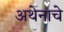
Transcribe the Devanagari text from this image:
अथेनाचे